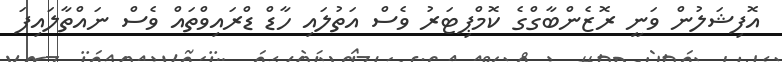
އޮފިޝަލުން ވަނީ ރޮޒެންބާގްގެ ކޮމްޕިޓަރު ވެސް އަތުލައި ހާޑް ޑްރައިވްތައް ވެސް ނައްތާލައިފަ